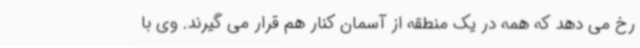
رخ می دهد که همه در یک منطقه از آسمان کنار هم قرار می گیرند. وی با